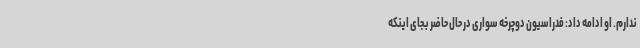
ندارم. او ادامه داد: فدراسیون دوچرخه سواری در حال حاضر بجای اینکه